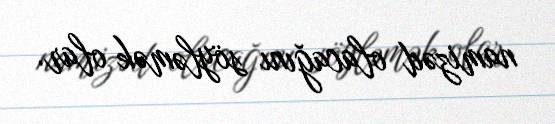
namizəd olacağını söyləmək olar.